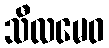
သီလမေဝ